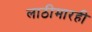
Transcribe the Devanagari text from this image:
लाठीमारही